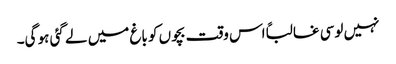
نہیں لوسی غالباًاس وقت بچوں کو باغ میں لے گئی ہو گی۔